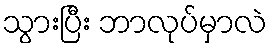
သွားပြီး ဘာလုပ်မှာလဲ